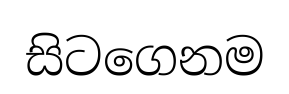
සිටගෙනම